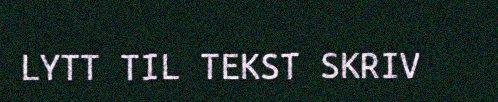
LYTT TIL TEKST SKRIV